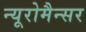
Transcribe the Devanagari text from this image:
न्यूरोमैन्सर